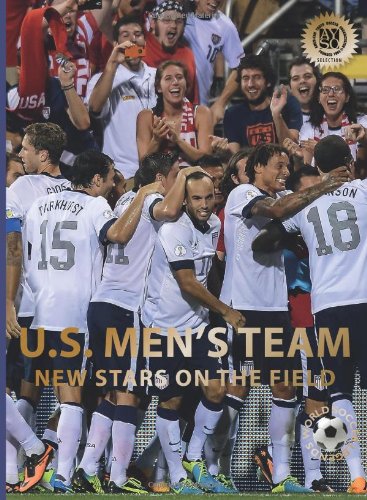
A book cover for U.S. Men's Team: New Stars on the Field (World Soccer Legends); Illugi JÃ¶kulsson; Children's Books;